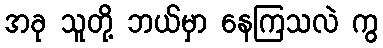
အခု သူတို့ ဘယ်မှာ နေကြသလဲ ကွ